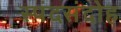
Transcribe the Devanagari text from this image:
स्पंदसंदोह